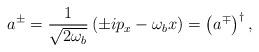
LaTeX: \begin{align*} a^{\pm} = \frac{1}{\sqrt{2\omega_b}} \left(\pm ip_{x} -\omega_b x \right) = \left(a^{\mp}\right)^\dagger,\end{align*}